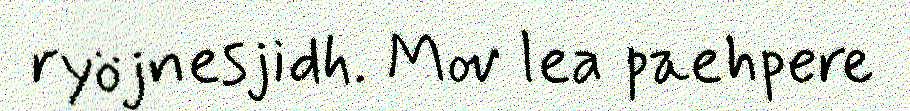
ryöjnesjidh. Mov lea paehpere